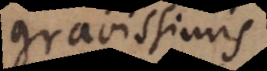
gravissimi